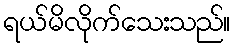
ရယ်မိလိုက်သေးသည်။